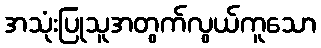
အသုံးပြုသူအတွက်လွယ်ကူသော